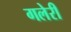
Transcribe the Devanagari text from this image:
गलेरी